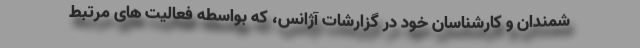
شمندان و کارشناسان خود در گزارشات آژانس، که بواسطه فعالیت های مرتبط